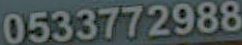
0533772988